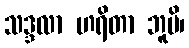
သဒ္ဒလာ ဟရိတာ ဘူမိ၊